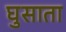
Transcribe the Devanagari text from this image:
घुसाता